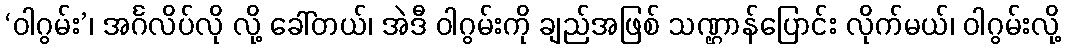
‘ဝါဂွမ်း’၊ အင်္ဂလိပ်လို လို့ ခေါ်တယ်၊ အဲဒီ ဝါဂွမ်းကို ချည်အဖြစ် သဏ္ဌာန်ပြောင်း လိုက်မယ်၊ ဝါဂွမ်းလို့